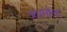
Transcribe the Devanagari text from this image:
अधर्माला